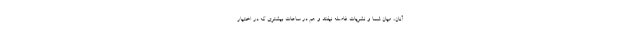
آنان، میان شما و نشریات فاصله نیفتد و هم در ساعات بیشتری که در اختیار